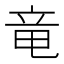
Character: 竜